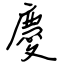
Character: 慶